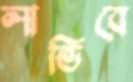
লাভিবে